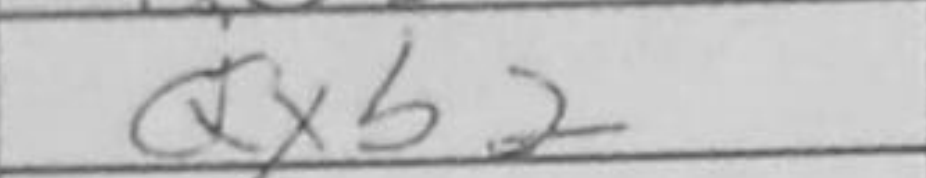
Transcription: Qxb2